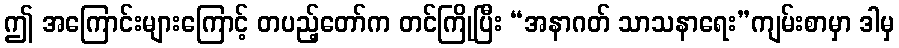
ဤ အကြောင်းများကြောင့် တပည့်တော်က တင်ကြိုပြီး “အနာဂတ် သာသနာရေး”ကျမ်းစာမှာ ဒါမှ